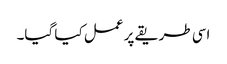
اسی طریقے پر عمل کیا گیا۔